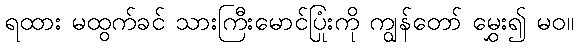
ရထား မထွက်ခင် သားကြီးမောင်ပြုံးကို ကျွန်တော် မွှေး၍ မဝ။